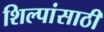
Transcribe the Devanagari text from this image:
शिल्पांसाठी